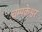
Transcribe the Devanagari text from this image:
चम्पकेश्वर